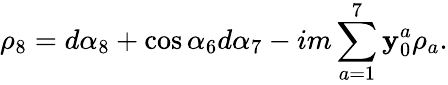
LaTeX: \rho_{8}=d\alpha_{8}+\cos{\alpha_{6}}d\alpha_{7}-im\sum_{a=1}^{7}\mathbf{y}_{0}^{a}\rho_{a}.